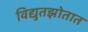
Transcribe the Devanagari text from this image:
विद्युतझोतात